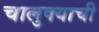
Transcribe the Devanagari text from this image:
चालुक्याची